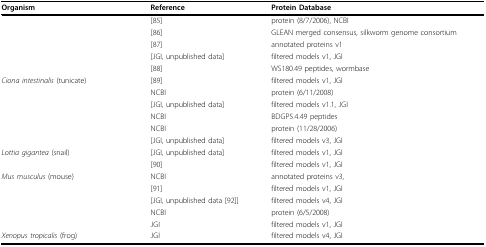
<table><thead><tr><td><b>Organism</b></td><td><b>Reference</b></td><td><b>Protein Database</b></td></tr></thead><tbody><tr><td>[EMPTY_CELL]</td><td>[85]</td><td>protein (8/7/2006), NCBI</td></tr><tr><td>[EMPTY_CELL]</td><td>[86]</td><td>GLEAN merged consensus, silkworm genome consortium</td></tr><tr><td>[EMPTY_CELL]</td><td>[87]</td><td>annotated proteins v1</td></tr><tr><td>[EMPTY_CELL]</td><td>[JGI, unpublished data]</td><td>filtered models v1, JGI</td></tr><tr><td>[EMPTY_CELL]</td><td>[88]</td><td>WS180.49 peptides, wormbase</td></tr><tr><td><i>Ciona intestinalis </i>(tunicate)</td><td>[89]</td><td>filtered models v1, JGI</td></tr><tr><td>[EMPTY_CELL]</td><td>NCBI</td><td>protein (6/11/2008)</td></tr><tr><td>[EMPTY_CELL]</td><td>[JGI, unpublished data]</td><td>filtered models v1.1, JGI</td></tr><tr><td>[EMPTY_CELL]</td><td>NCBI</td><td>BDGP5.4.49 peptides</td></tr><tr><td>[EMPTY_CELL]</td><td>NCBI</td><td>protein (11/28/2006)</td></tr><tr><td>[EMPTY_CELL]</td><td>[JGI, unpublished data]</td><td>filtered models v3, JGI</td></tr><tr><td><i>Lottia gigantea </i>(snail)</td><td>[JGI, unpublished data]</td><td>filtered models v1, JGI</td></tr><tr><td>[EMPTY_CELL]</td><td>[90]</td><td>filtered models v1, JGI</td></tr><tr><td><i>Mus musculus </i>(mouse)</td><td>NCBI</td><td>annotated proteins v3,</td></tr><tr><td>[EMPTY_CELL]</td><td>[91]</td><td>filtered models v1, JGI</td></tr><tr><td>[EMPTY_CELL]</td><td>[JGI, unpublished data [92]]</td><td>filtered models v4, JGI</td></tr><tr><td>[EMPTY_CELL]</td><td>NCBI</td><td>protein (6/5/2008)</td></tr><tr><td>[EMPTY_CELL]</td><td>JGI</td><td>filtered models v1, JGI</td></tr><tr><td><i>Xenopus tropicalis </i>(frog)</td><td>JGI</td><td>filtered models v4, JGI</td></tr></tbody></table>